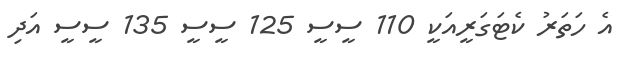
އެ ހަތަރު ކެޓަގަރީއަކީ 110 ސީސީ 125 ސީސީ 135 ސީސީ އަދި